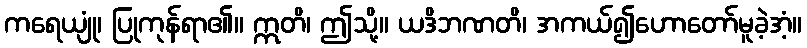
ကရေယျုံ၊ ပြုကုန်ရာ၏။ ဣတိ၊ ဤသို့။ ယဒိဘဏတိ၊ အကယ်၍ဟောတော်မူခဲ့အံ့။